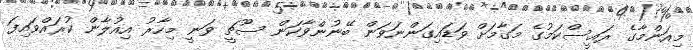
މިއަންމާގެ ރައީސްކަމުގެ މަގާމަށް ވަޑައިގަންނަވަން ބޭނުންވާކަން ސޫޗީ ވަނީ މިހާރު އިއުލާން ކުރައްވައިފަ